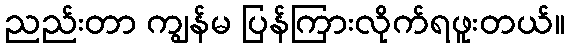
ညည်းတာ ကျွန်မ ပြန်ကြားလိုက်ရဖူးတယ်။